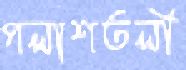
পলাশতলী